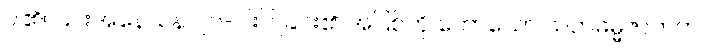
ပါ၏။ ၎င်းအနေသန ၂၁-ပါးပြုခြင်း၏ အပြစ်ကို ဟောသော သတဓမ္မဇာတက၊